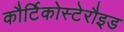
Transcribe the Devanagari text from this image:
कौर्टिकोस्टेरौइड